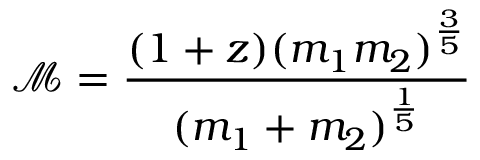
\mathcal { M } = \frac { ( 1 + z ) ( m _ { 1 } m _ { 2 } ) ^ { \frac { 3 } { 5 } } } { ( m _ { 1 } + m _ { 2 } ) ^ { \frac { 1 } { 5 } } }